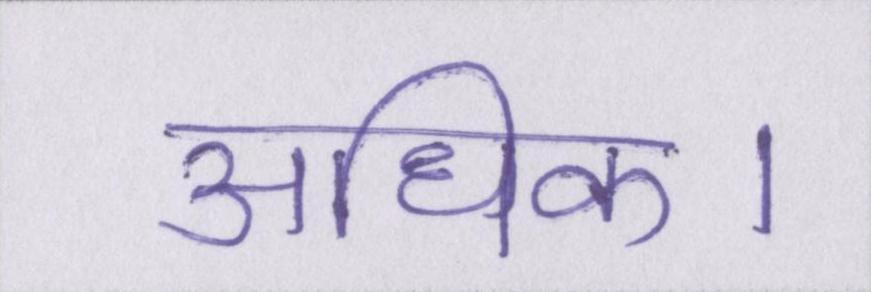
अधिक।